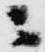
ニ